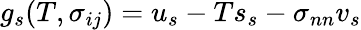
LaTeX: g_{s}(T,\sigma_{ij})=u_{s}-Ts_{s}-\sigma_{nn}v_{s}